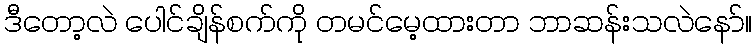
ဒီတော့လဲ ပေါင်ချိန်စက်ကို တမင်မေ့ထားတာ ဘာဆန်းသလဲနော်။